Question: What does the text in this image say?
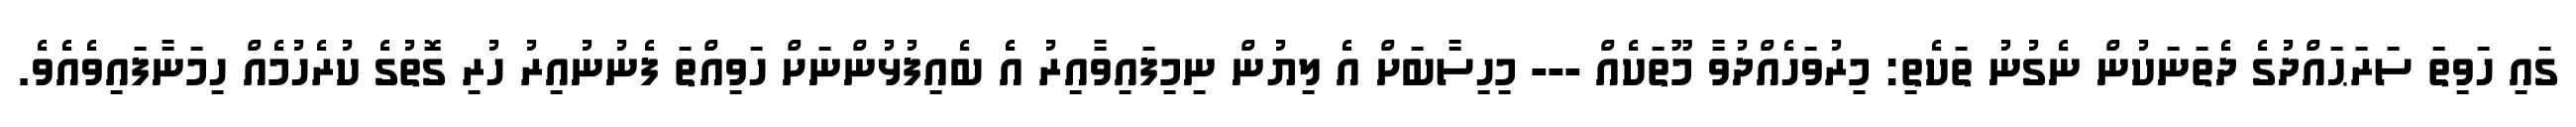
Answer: ގައި ހަވިތަ ސަރަޙައްދުގެ ދެތަނަކުން ނެގުނު ތަކެތި: މިރުވަހެއްދުވާ މޫތަކެއް --- މިހިސާބަށް އެ ލިޔުން ނިމިފައިވާއިރު އެ ބެއިފުޅުންނަށް ހަވިއްތަ ފެނުނުއިރު ހުރި ގޮތުގެ ކުރެހުމެއް ހިމަނާފައިވެއެވެ.